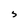
Character: 5